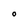
Character: O